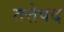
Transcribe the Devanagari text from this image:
तत्तेपद